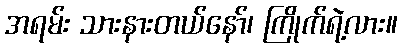
အရမ်း သားနားတယ်နော်၊ ကြိုက်ရဲ့လား။